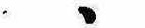
ゝ